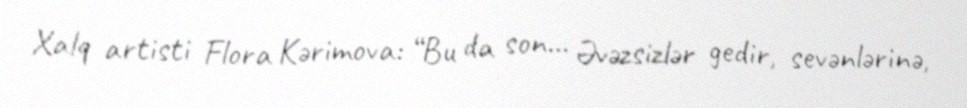
Xalq artisti Flora Kərimova: “Bu da son… Əvəzsizlər gedir, sevənlərinə,